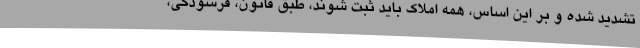
تشدید شده و بر این اساس، همه املاک باید ثبت شوند، طبق قانون، فرسودگی،